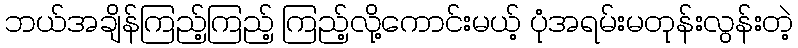
ဘယ်အချိန်ကြည့်ကြည့် ကြည့်လို့ကောင်းမယ့် ပုံအရမ်းမတုန်းလွန်းတဲ့